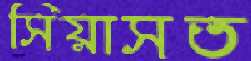
সিয়াসত